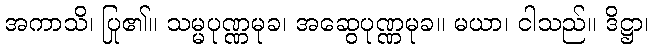
အကာသိ၊ ပြု၏။ သမ္မပုဏ္ဏမုခ၊ အဆွေပုဏ္ဏမုခ။ မယာ၊ ငါသည်။ ဒိဋ္ဌာ၊